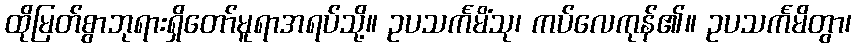
ထိုမြတ်စွာဘုရားရှိတော်မူရာအရပ်သို့။ ဥပသင်္ကမိံသု၊ ကပ်လေကုန်၏။ ဥပသင်္ကမိတွာ၊